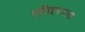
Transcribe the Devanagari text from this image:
एतिहादला